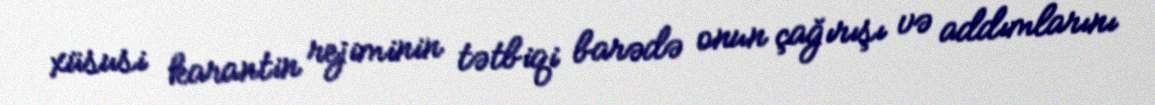
xüsusi karantin rejiminin tətbiqi barədə onun çağırışı və addımlarını